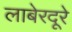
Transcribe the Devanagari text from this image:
लाबेरदूरे